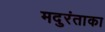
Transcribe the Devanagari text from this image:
मदुरंताका